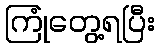
ကြုံတွေ့ရပြီး